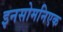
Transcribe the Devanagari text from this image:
इनसोमनिएक